Vaccination in Bombay 1924-1928 - 1924-1928
Year: 1924
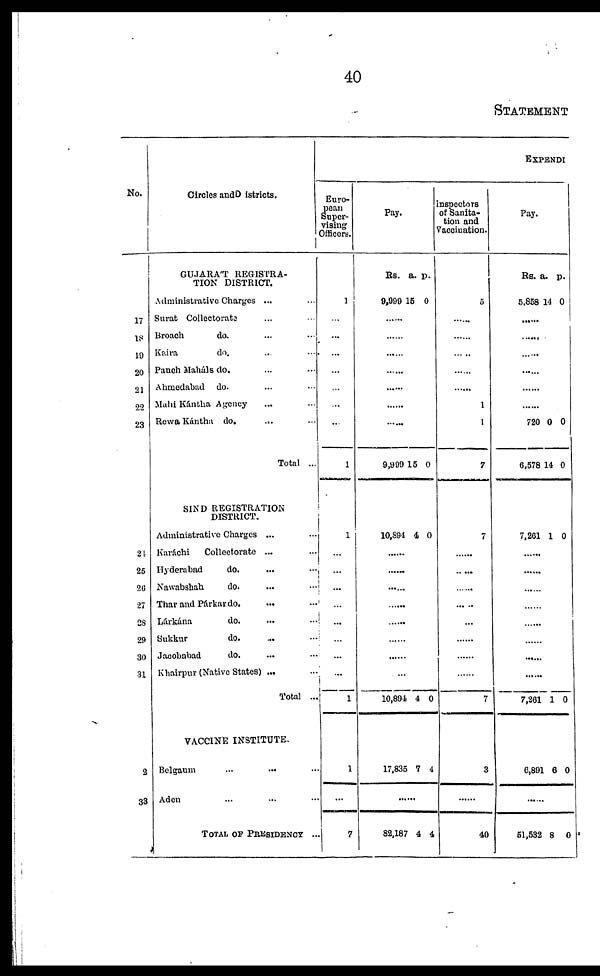
40
STATEMENT
No.
17
18
19
20
21
22
23
24
25
20
27
28
29
30
31
2
33
Circles and Districts.
GUJARAT REGISTRA-
TION DISTRICT.
Administrative Charges ... ...
Surat Collectorate ... ...
Broach
do. ... ...
Kaira
do. ... ...
Panch Maháls do. ... ...
Ahmedabad do. ... ...
Muhi Kántha Agency ... ...
Rewa Kántha do.
... ...
Total ...
SIND REGISTRATION
DISTRICT.
Administrative Charges ... ...
Karáchi
Collectorate ... ...
Hyderabad
do. ... ...
Nawabshah
do. ... ...
Thar and Párkar do. ... ...
Lárkána
do. ... ...
Sukkur
do. ... ...
Jacobabad
do. ... ...
Khairpur (Native States) ... ...
Total ...
VACCINE INSTITUTE.
Belgaum
... ... ...
Aden ... ... ...
TOTAL OF PRESIDENCY ...
EXPENDI
Euro-
pean
Super-
vising
Officers.
1
...
...
...
...
...
...
...
1
1
...
...
...
...
...
...
...
...
1
1
...
7
Pay.
Rs.
9,999
a.
15
p.
0
......
......
......
......
......
......
......
9,999 15 0
10,894 4 0
......
......
......
......
......
......
......
......
10,894 4 0
17,835 7 4
......
82,187 4 4
Inspectors
of Sanita-
tion and
Vaccination.
5
......
......
......
......
......
1
1
7
7
......
......
......
......
......
......
......
......
7
3
......
40
Pay.
Rs.
5,858
a.
14
p.
0
......
......
......
......
......
......
720
6,578
0
14
0
0
7,261 1 0
......
......
......
......
......
......
......
......
7,261 1 0
6,891 6 0
......
51,532 8 0